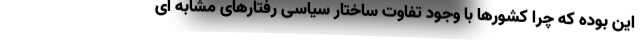
این بوده که چرا کشورها با وجود تفاوت ساختار سیاسی رفتارهای مشابه ای